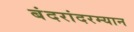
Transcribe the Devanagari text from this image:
बंदरांदरम्यान